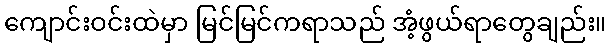
ကျောင်းဝင်းထဲမှာ မြင်မြင်ကရာသည် အံ့ဖွယ်ရာတွေချည်း။